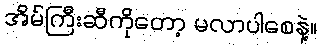
အိမ်ကြီးဆီကိုတော့ မလာပါစေနဲ့။